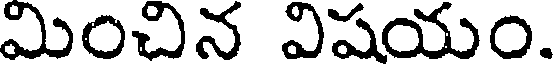
మించిన విషయం.